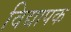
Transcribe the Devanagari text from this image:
विद्यापक